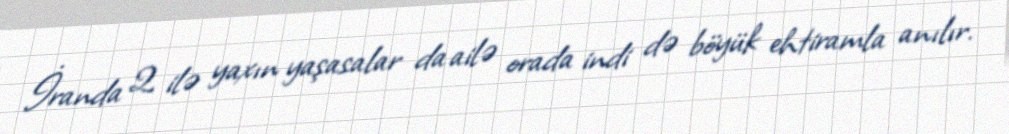
İranda 2 ilə yaxın yaşasalar da ailə orada indi də böyük ehtiramla anılır.